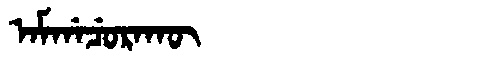
Manchu: ᠠᠮᡤᠠᠴᡠᡵᠠᡴᡡ
Romanization: AMGACURAKŪ